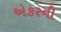
એકરની